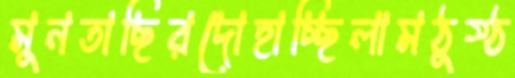
মুনতাছিরদোহাচ্ছিলামঠুস্‌ঠ